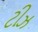
ટીઝ